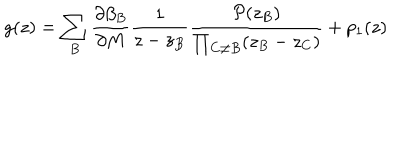
g ( z ) = \sum _ { B } \frac { \partial \beta _ { B } } { \partial M } \frac { 1 } { z - z _ { B } } \frac { { \cal P } ( z _ { B } ) } { \prod _ { C \neq B } ( z _ { B } - z _ { C } ) } + p _ { 1 } ( z )